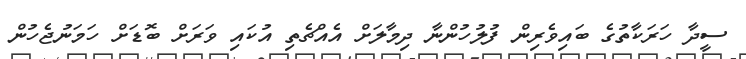
ސީދާ ހަރަކާތުގެ ބައިވެރިން ފުލުހުންނާ ދިމާލަށް އެއްޗެތި އުކައި ވަރަށް ބޮޑަށް ހަމަނުޖެހުން